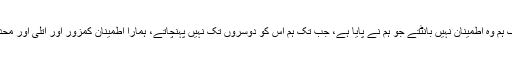
جب تک ہم وہ اطمینان نہیں بانٹتے جو ہم نے پایا ہے، جب تک ہم اس کو دوسروں تک نہیں پہنچاتے، ہمارا اطمینان کمزور اور اتلی اور محدود ہے۔